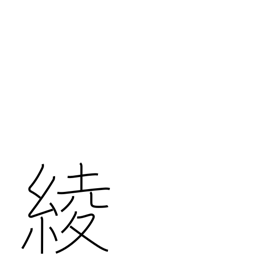
Meaning: design